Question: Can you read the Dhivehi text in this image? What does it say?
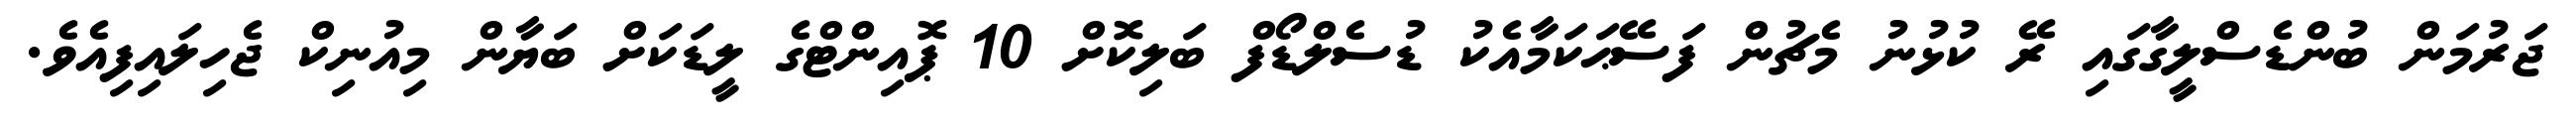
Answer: ޖަރުމަން ބުންޑެސްލީގާގައި ރޭ ކުޅުނު މެޗުން ފަސޭޙަކަމާއެކު ޑުސެލްޑޯފް ބަލިކޮށް 10 ޕޮއިންޓްގެ ލީޑަކަށް ބަޔާން މިއުނިކް ޖެހިލައިފިއެވެ.